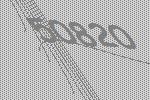
50820